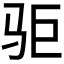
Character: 𱅃